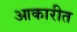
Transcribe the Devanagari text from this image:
आकारीत